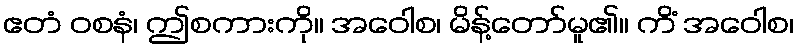
ဧတံ ဝစနံ၊ ဤစကားကို။ အဝေါစ၊ မိန့်တော်မူ၏။ ကိံ အဝေါစ၊